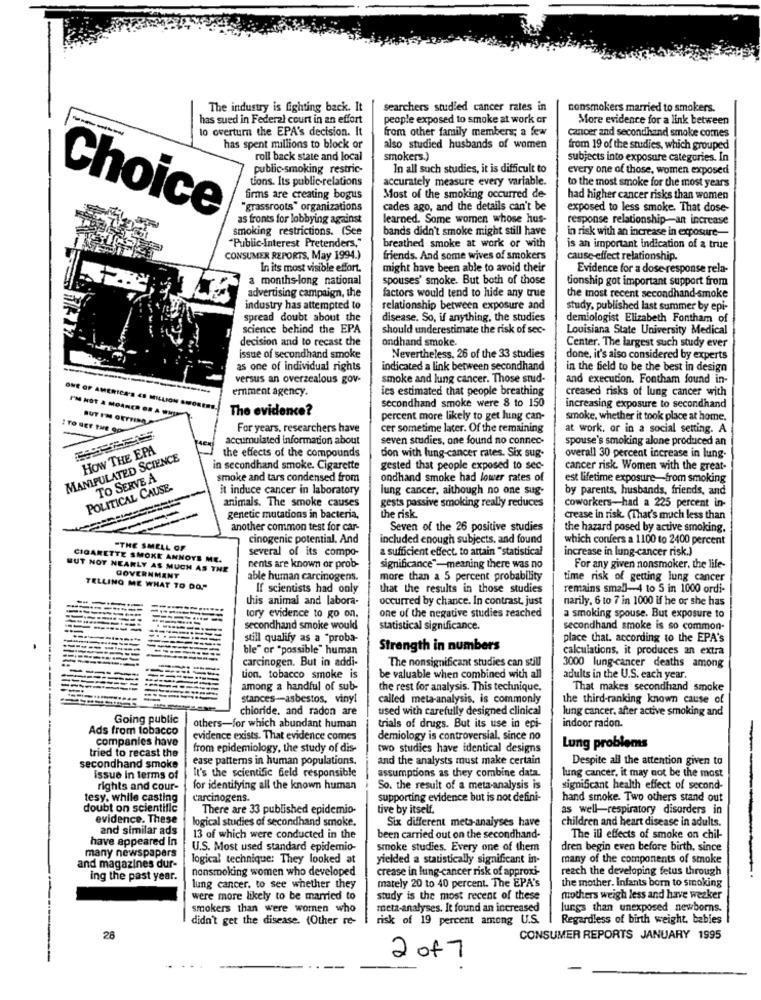
The industry is fighting back. It
searchers studied cancer rates in
nonsmokers married to smokers.
has sued in Federal court in an effort
people exposed to smoke at work or
More evidence for a link between
to overturn the EPA's decision. It
from other family members; a few
cancer and secondhand smoke comes
has spent millions to block or
also studied husbands of women
from 19 of the studies, which grouped
roll back state and local
smokers.)
subjects into exposure categories. In
public-smoking restric-
In all such studies, it is difficult to
every one of those, women exposed
tions. Its public-relations
accurately measure every variable.
to the most smoke for the most years
firms are creating bogus
Most of the smoking occurred de-
had higher cancer risks than women
"grassroots" organizations
cades ago, and the details can't be
exposed to less smoke. That dose-
Choice
as fronts for lobbying against
learned. Some women whose hus-
response relationship-an increase
smoking restrictions. (See
bands didn't smoke might still have
in risk with an increase in exposure-
"Public-Interest Pretenders,"
breathed smoke at work or with
is an important indication of a true
CONSUMER REPORTS, May 1994.)
friends. And some wives of smokers
cause-effect relationship.
In its most visible effort.
might have been able to avoid their
Evidence for a dose response rela-
a months-long national
spouses' smoke. But both of those
tionship got important support from
advertising campaign, the
factors would tend to hide any true
the most recent secondhand-smoke
industry has attempted to
relationship between exposure and
study, published last summer by epi-
spread doubt about the
disease. So, if anything, the studies
demiologist Elizabeth Fontham of
science behind the EPA
should underestimate the risk of sec-
Louisiana State University Medical
decision and to recast the
ondhand smoke.
Center. The largest such study ever
issue of secondhand smoke
Nevertheless. 26 of the 33 studies
done, it's also considered by experts
as one of individual rights
indicated a link between secondhand
in the field to be the best in design
versus an overzealous gov-
smoke and lung cancer. Those stud-
and execution. Fontham found in-
emment agency.
ies estimated that people breathing
creased risks of lung cancer with
secondhand smoke were 8 to 150
ONE OF AMERICA'S <B MILLION SMOKERS.
I'M NOT A MOANCE OF A HILL
The evidence?
increasing exposure to secondhand
percent more likely to get lung can-
smoke, whether it took place at home.
For years, researchers have
cer sometime later. Of the remaining
at work, or in a social setting. A
accumulated information about
seven studies, one found no connec-
spouse's smoking alone produced an
HOW THE EPA
MANIPULATED SCIENCE
the effects of the compounds
don with lung cancer rates. Six sug-
overall 30 percent increase in lung-
in secondhand smoke. Cigarette
gested that people exposed to sec-
cancer risk. Women with the great-
TO SERVE A
smoke and tars condensed from
ondhand smoke had lower rates of
est lifetime exposure-from smoking
POLITICAL CAUSE.
it induce cancer in laboratory
lung cancer, although no one sug-
by parents, husbands, friends, and
animals. The smoke causes
Coworkers-had a 225 percent in-
gests passive smoking really reduces
genetic mutations in bacteria,
the risk.
crease in risk. (That's much less than
another common test for car-
Seven of the 26 positive studies
the hazard posed by active smoking.
cinogenic potential, And
included enough subjects, and found
which confers a 1100 to 2400 percent
"THE SMELL OF
several of its compo-
a sufficient effect. to attain "statistical
increase in lung cancer risk.)
CIGARETTE SMOKE ANNOYS ME.
BUT NOT NEARLY AS MUCH AS THE
nents are known or prob-
significance"-meaning there was no
For any given nonsmoker, the life-
GOVERNMENT
able human carcinogens.
more than a 5 percent probability
time risk of getting lung cancer
TELLING ME WHAT TO DO."
If scientists had only
that the results in those studies
remains small-4 to 5 in 1000 ordi-
this animal and labora-
occurred by chance. In contrast. just
narily, 6 to 7 in 1000 if he or she has
tory evidence to go on.
one of the negative studies reached
a smoking spouse. But exposure to
--
secondhand smoke would
statistical significance.
secondhand smoke is so common-
still qualify as a "proba-
place that. according to the EPA's
ble" or "possible" human
Strength in numbers
calculations, it produces an extra
------
carcinogen. But in addi-
The nonsignificant studies can still
3000 lung cancer deaths among
--
tion, tobacco smoke is
be valuable when combined with all
adults in the U.S. each year.
among a handful of sub-
the rest for analysis. This technique.
That makes secondhand smoke
stances-asbestos, vinyl
called meta-analysis, is commonly
the third-ranking known cause of
chioride. and radon are
used with carefully designed clinical
lung cancer. after active smoking and
Going public
Ads from tobacco
others-for which abundant human
trials of drugs. But its use in epi-
indoor radon.
companies have
evidence exists. That evidence comes
demiology is controversial. since no
tried to recast the
from epidemiology, the study of dis-
two studies have identical designs
Lung problems
ease patterns in human populations.
and the analysts must make certain
Despite all the attention given to
secondhand smoke
It's the scientific field responsible
issue In terms of
assumptions as they combine data.
lung cancer, it may not be the most
rights and cour-
for identifying all the known human
So. the result of a meta-analysis is
significant health effect of second-
tesy. while casting
Carcinogens.
supporting evidence but is not defini-
hand smoke. Two others stand out
doubt on scientific
There are 33 published epidemio-
tive by itself.
as well-respiratory disorders in
evidence. These
logical studies of secondhand smoke.
Six different meta-analyses have
children and heart disease in adults.
and similar ads
have appeared in
13 of which were conducted in the
been carried out on the secondhand-
The ill effects of smoke on chil-
many newspapers
U.S. Most used standard epidemio-
smoke studies. Every one of them
dren begin even before birth, since
and magazines dur-
logical technique: They looked at
yielded a statistically significant in-
many of the components of smoke
nonsmoking women who developed
crease in lung-cancer risk of approxi-
reach the developing fetus through
ing the past year.
mately 20 to 40 percent. The EPA's
the mother. Infants born to smoking
lung cancer. to see whether they
were more likely to be married to
study is the most recent of these
mothers weigh less and have weaker
smokers than were women who
meta-analyses. It found an increased
lungs than unexposed newborns.
didn't get the disease. (Other re-
risk of 19 percent among U.S.
Regardless of birth weight, babies
26
CONSUMER REPORTS JANUARY 1995
2 of 7